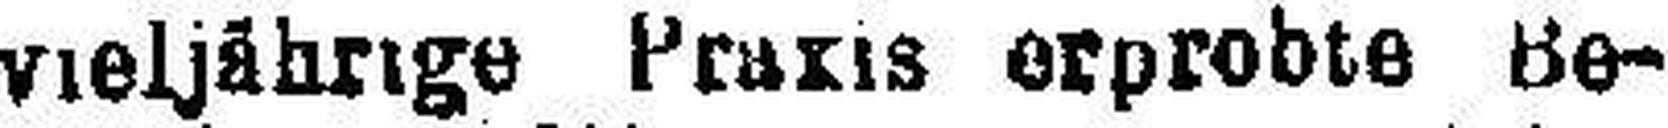
vieljähnge Praris erprobte Be¬